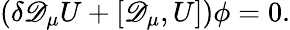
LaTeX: (\delta\mathscr{D}_{\mu}U+[\mathscr{D}_{\mu},U])\phi=0.